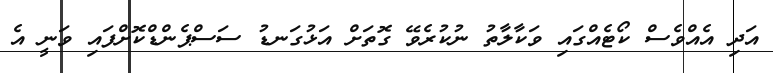
އަދި އެއްވެސް ކޯޓެއްގައި ވަކާލާތު ނުކުރެވޭ ގޮތަށް އަޅުގަނޑު ސަސްޕެންޑްކޮށްފައި ވަނީ އެ